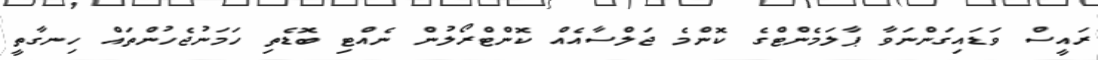
ރައީސް ވަޑައިގަންނަވާ ޕާލަމެންޓްގެ ކޮންމެ ޖަލްސާއެއް ކޮންޓްރޯލުން ނެއްޓި ބޮޑެތި ހަމަނުޖެހުންތައް ހިނގާތީ